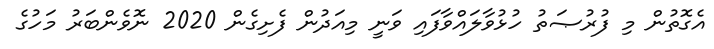
އެގޮތުން މި ފުރުޞަތު ހުޅުވާލައްވާފައި ވަނީ މިއަދުން ފެށިގެން 2020 ނޮވެންބަރު މަހުގެ